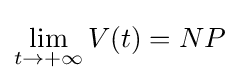
\lim _{t\to +\infty }V(t)=NP